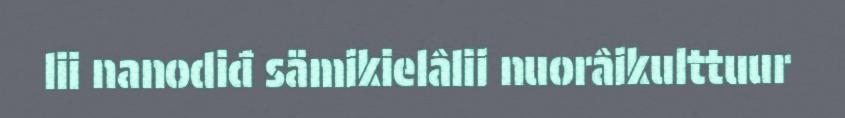
lii nanodiđ sämikielâlii nuorâikulttuur